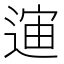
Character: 𲅣